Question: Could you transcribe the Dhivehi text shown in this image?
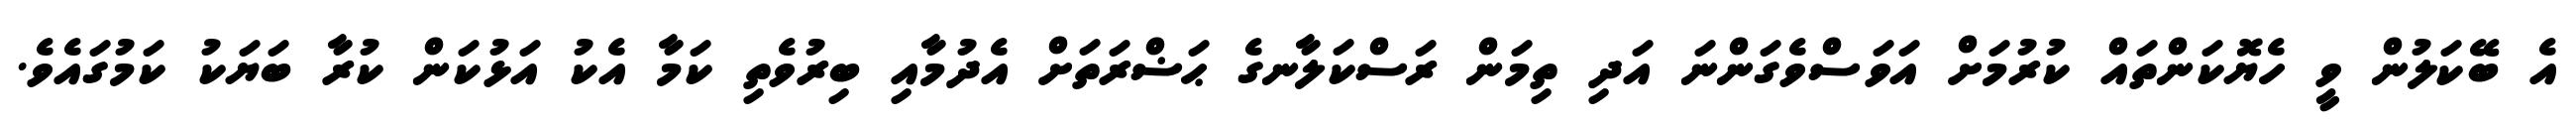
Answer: އެ ބޭކަލުން ވީ ހެޔޮކަންތައް ކުރުމަށް އަވަސްވެގަންނަ އަދި ތިމަން ރަސްކަލާނގެ ޙަޟްރަތަށް އެދުމާއި ބިރުވެތި ކަމާ އެކު އަޅުކަން ކުރާ ބަޔަކު ކަމުގައެވެ.